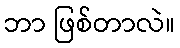
ဘာ ဖြစ်တာလဲ။